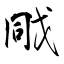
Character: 戙